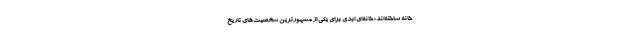
خانه ساخته‌اند؛ خانه‌ای ابدی برای یکی از مشهورترین شخصیت‌های تاریخ